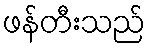
ဖန်တီးသည်